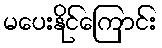
မပေးနိုင်ကြောင်း